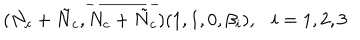
( N _ { c } + \tilde { N } _ { c } , \overline { { { N _ { c } + \tilde { N } _ { c } } } } ) ( 1 , 1 , 0 , \beta _ { i } ) , \ \ \ i = 1 , 2 , 3